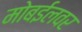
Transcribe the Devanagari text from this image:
मोबईलवर